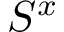
S ^ { x }